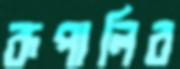
রূপালির